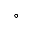
^ \circ